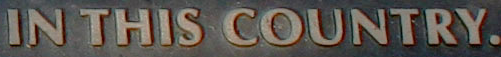
IN THIS COUNTRY.